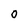
Character: O